Indian journal of veterinary science and animal husbandry - Volumes 15-17, 1948-1951
Year: 1948
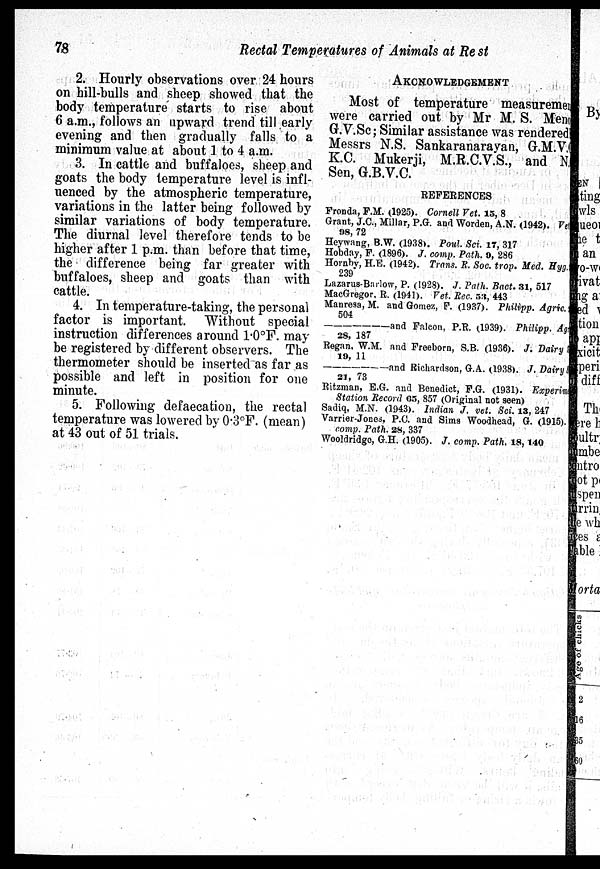
78
Rectal Temperatures of Animals at Re st
2. Hourly observations over 24 hours
on hill-bulls and sheep showed that the
body temperature starts to rise about
6 a.m., follows an upward trend till early
evening and then gradually falls to a
minimum value at about 1 to 4 a.m.
3. In cattle and buffaloes, sheep and
goats the body temperature level is infl-
uenced by the atmospheric temperature,
variations in the latter being followed by
similar variations of body temperature.
The diurnal level therefore tends to be
higher after 1 p.m. than before that time,
the difference being far greater with
buffaloes, sheep and goats than with
cattle.
4. In temperature-taking, the personal
factor is important. Without special
instruction differences around 1.0°F. may
be registered by different observers. The
thermometer should be inserted as far as
possible and left in position for one
minute.
5. Following defaecation, the rectal
temperature was lowered by 0.3°F. (mean)
at 43 out of 51 trials.
AKCNOWLEDGEMENT
Most of temperature measurement
were carried out by Mr M. S. Menon
G.V.Sc; Similar assistance was renderedly
Messrs N.S. Sankaranaravan, G.M.V.C
K.C. Mukerji, M.R.C.V.S., and N.S
Sen, G.B.V.C.
REFERENCES
Fronda, F.M. (1925). Cornell Vet. 15, 8
Grant, J.C., Millar, P.G. and Worden, A.N. (1942). Vet.
98, 72
Heywang, B.W. (1938). Poul Sci. 17, 317
Hobday, F. (1896). J. comp. Path. 9, 286
Hornby, H.E. (1942). Trans. R. Soc. trop. Med. Hyg.
239
Lazarus-Barlow, P. (1928). J. Path. Bact. 31, 517
MacGregor, R. (1941). Vet. Rec. 53, 443
Manresa, M. and Gomez, F. (1937). Philipp. Agric.
504
——and
Falcon, P.R. (1939). Philipp. Agric.
2S, 187
Regan. W.M. and Freeborn, S.B. (1936). J. Dairy S
19, 11
——and
Richardson. G.A. (1938). J. Dairy S
21, 73
Ritzman, E.G. and Benedict, F.G. (1931). Experiment
Station Record 65, 857 (Original not seen)
Sadiq, M.N. (1943). Indian J. vet. Sci. 13, 247
Varrier-Jones, P.C. and Sims Woodhead, G. (1915).
comp. Path. 28, 337
Wooldridgo, G.H. (1905). J. comp. Path. 18, 140